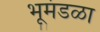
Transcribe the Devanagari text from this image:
भूमंडळा